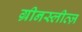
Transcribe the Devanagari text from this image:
ग्रीनस्लीव्ज़